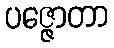
ပဇ္ဇောတာ